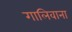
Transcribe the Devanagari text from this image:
गालिवाना